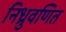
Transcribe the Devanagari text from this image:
निध्रुवणित